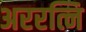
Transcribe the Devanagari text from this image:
अररत्नि